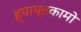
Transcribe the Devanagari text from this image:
ह्याप्तकामो